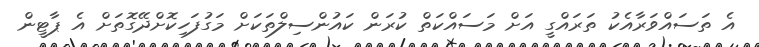
އެ ތަސައްވަރާއެކު ތަރައްގީ އަށް މަސައްކަތް ކުރަން ކައުންސިލްތަކަށް މަގުފަހިކޮށްދޭގޮތަށް އެ ޕާޓީން